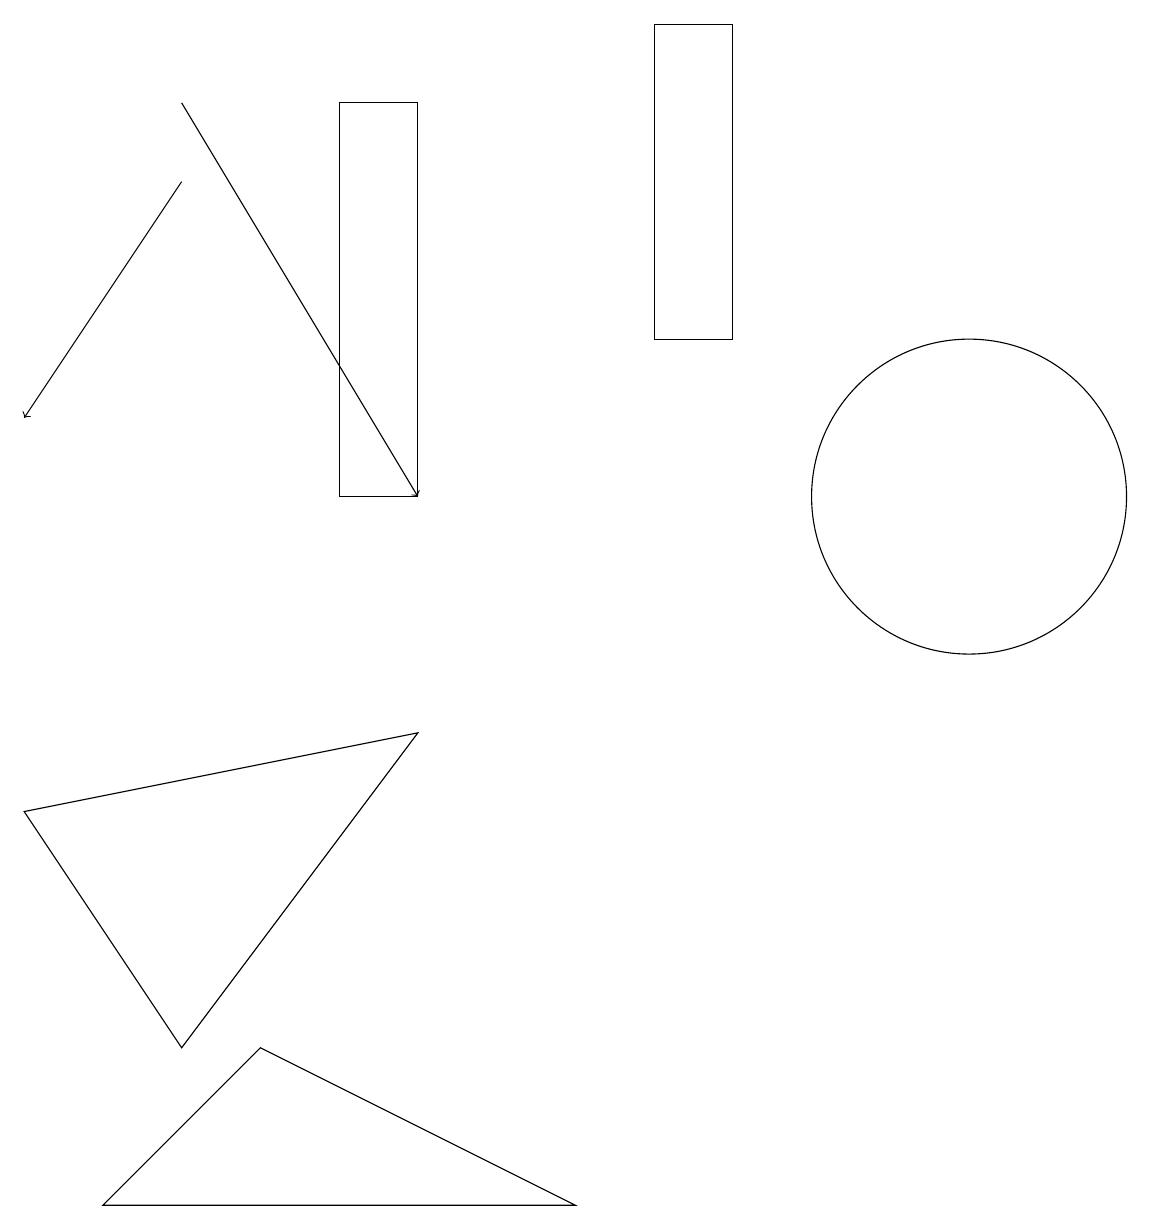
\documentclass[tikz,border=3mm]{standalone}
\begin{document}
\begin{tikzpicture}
\draw (1,3) -- (3,5) -- (7,3) -- cycle;
\draw (8,18) rectangle (9,14);
\draw[->] (2,16) -- (0,13);
\draw (4,17) rectangle (5,12);
\draw[->] (2,17) -- (5,12);
\draw (5,9) -- (2,5) -- (0,8) -- cycle;
\draw (12,12) circle (2);
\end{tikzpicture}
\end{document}